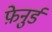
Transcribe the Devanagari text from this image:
फ़ेनुर्ड